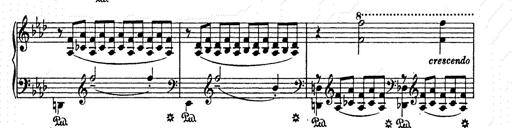
Title: AnnÃ©es de pÃ¨lerinage II
Composer: Franz Liszt